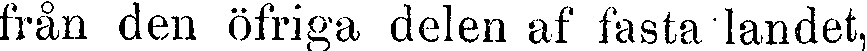
från den öfriga delen af fasta landet,